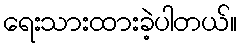
ရေးသားထားခဲ့ပါတယ်။